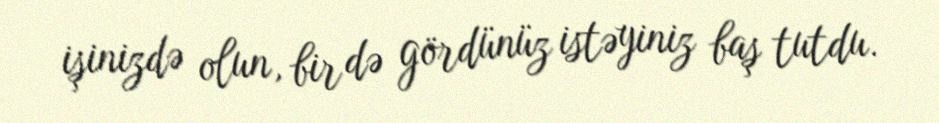
işinizdə olun, bir də gördünüz istəyiniz baş tutdu.